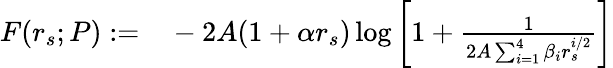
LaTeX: \begin{array}{rl}{F(r_{s};P):=}&{{}-2A(1+\alpha r_{s})\log\bigg[1+\frac{1}{2A\sum_{i=1}^{4}\beta_{i}r_{s}^{i/2}}\bigg]}\end{array}